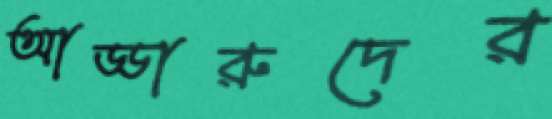
আড্ডারুদের